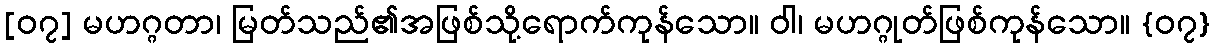
[၀၇] မဟဂ္ဂတာ၊ မြတ်သည်၏အဖြစ်သို့ရောက်ကုန်သော။ ဝါ၊ မဟဂ္ဂုတ်ဖြစ်ကုန်သော။ {၀၇}